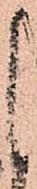
し